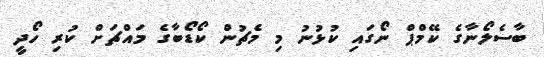
ބާސެލޯނާގެ ކޭމްޕް ނޯގައި ކުޅުނު މި މެޗުން ކޯޑޯބާގެ މައްޗަށް ކުރި ހޯދީ